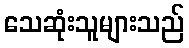
သေဆုံးသူများသည်